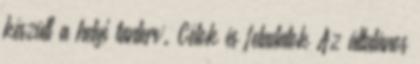
készült a helyi tanterv. Célok és feladatok Az általános